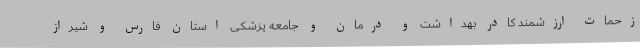
زحمات ارزشمند کادر بهداشت و درمان و جامعه پزشکی استان فارس و شیراز